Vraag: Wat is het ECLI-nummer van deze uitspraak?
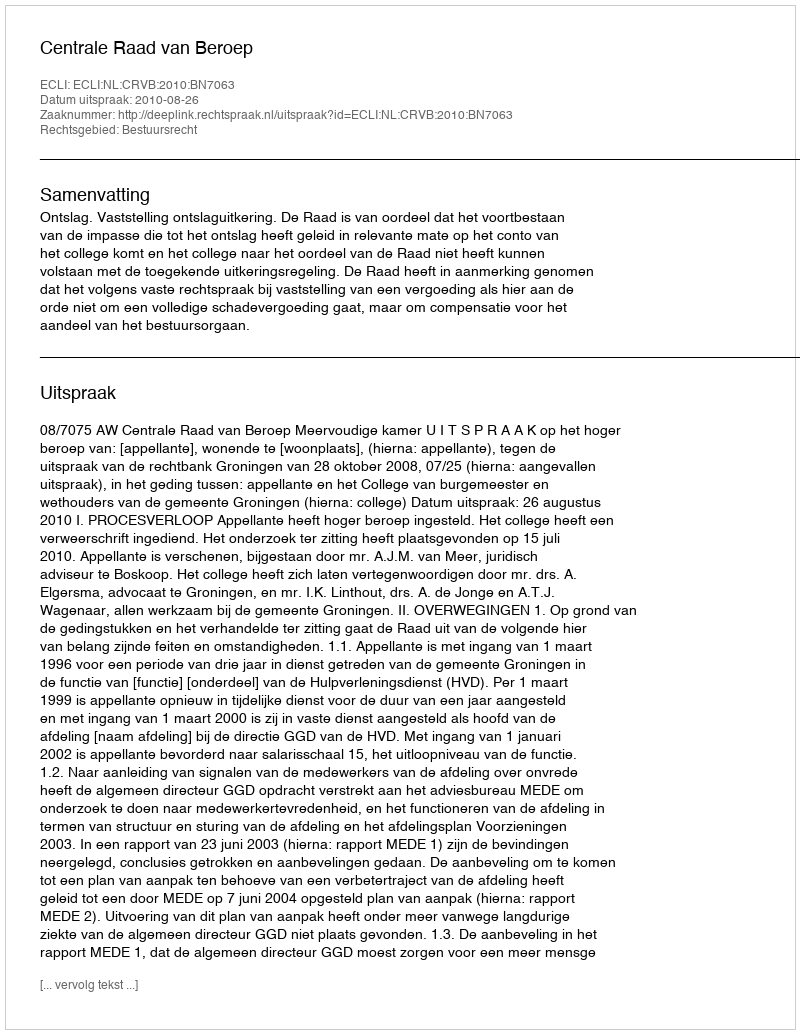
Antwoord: ECLI:NL:CRVB:2010:BN7063